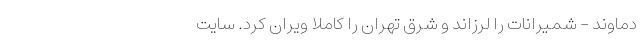
دماوند - شمیرانات را لرزاند و شرق تهران را کاملا ویران کرد. سایت